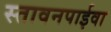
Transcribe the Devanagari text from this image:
स्तावनपाईवा